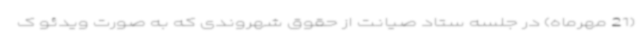
(21 مهرماه) در جلسه ستاد صیانت از حقوق شهروندی که به صورت ویدئو ک